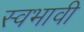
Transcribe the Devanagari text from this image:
स्वभावी